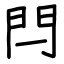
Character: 閂